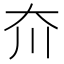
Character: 夼